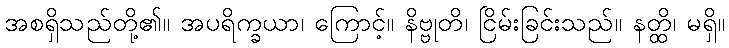
အစရှိသည်တို့၏။ အပရိက္ခယာ၊ ကြောင့်။ နိဗ္ဗုတိ၊ ငြိမ်းခြင်းသည်။ နတ္ထိ၊ မရှိ။